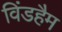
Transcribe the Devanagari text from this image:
विंडहैम